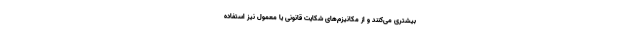
بیشتری می‌کنند و از مکانیزم‌های شکایت قانونی یا معمول نیز استفاده